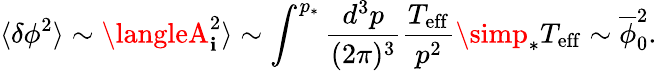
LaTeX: \langle\delta\phi^{2}\rangle\sim\langleA_{\mathbf{i}}^{2}\rangle\sim\int^{p_{*}}\frac{{d^{3}p}}{{(2\pi)^{3}}}\frac{{T_{\mathrm{{eff}}}}}{{p^{2}}}\simp_{*}T_{\mathrm{{eff}}}\sim\overline{{{{\phi}}}}_{0}^{2}.